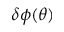
\delta \phi ( \theta )